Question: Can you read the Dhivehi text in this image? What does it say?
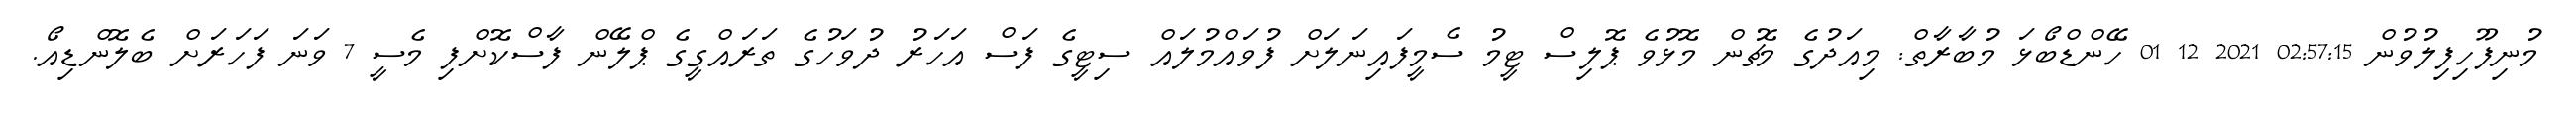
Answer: މުނިފޫހިފިލުވުން 02:57:15 2021 12 01 ހޭންޑްބޯޅަ މުބާރާތް: މިއަދުގެ މެޗުން މޮޅުވެ ޕޮލިސް ޓީމު ސެމީފައިނަލަށް ފުވައްމުލައް ސިޓީގެ ފަސް އަހަރު ދުވަހުގެ ތަރައްގީގެ ޕްލޭން ފާސްކޮށްފި މެސީ 7 ވަނަ ފަހަރަށް ބެލޮންޑިއޯ.